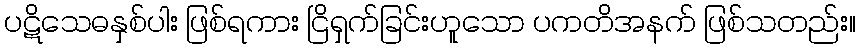
ပဋိသေဓနှစ်ပါး ဖြစ်ရကား ငြိရှက်ခြင်းဟူသော ပကတိအနက် ဖြစ်သတည်း။